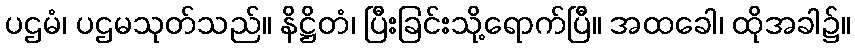
ပဌမံ၊ ပဌမသုတ်သည်။ နိဋ္ဌိတံ၊ ပြီးခြင်းသို့ရောက်ပြီ။ အထခေါ၊ ထိုအခါ၌။